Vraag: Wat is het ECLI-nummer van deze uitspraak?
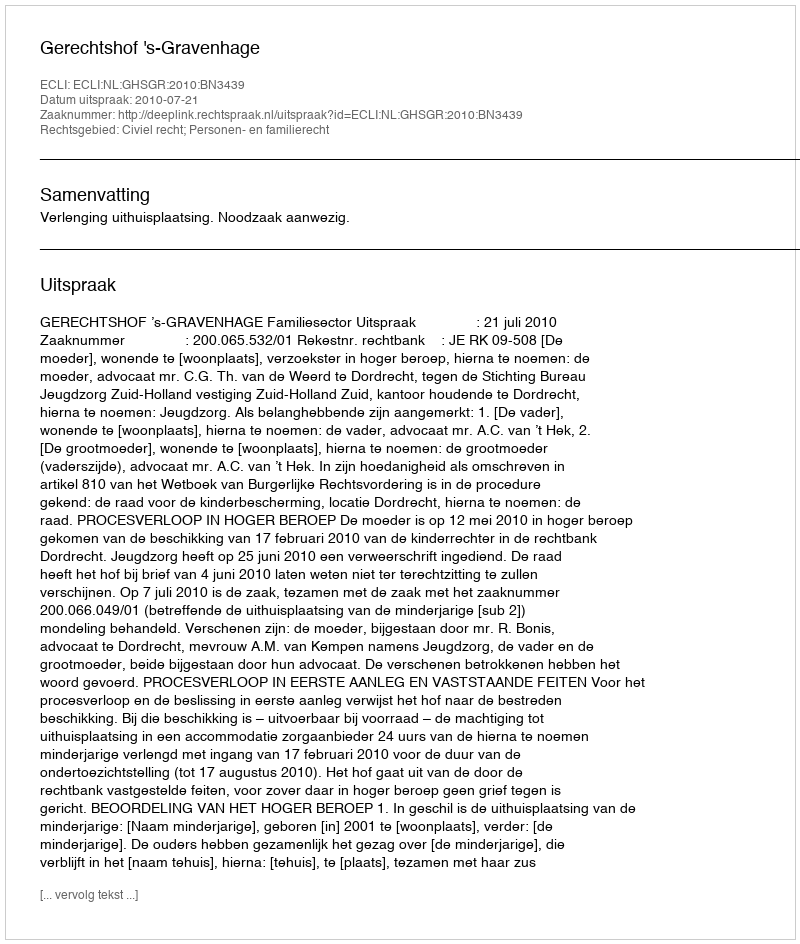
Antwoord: ECLI:NL:GHSGR:2010:BN3439